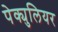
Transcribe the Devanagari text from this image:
पेक्युलियर